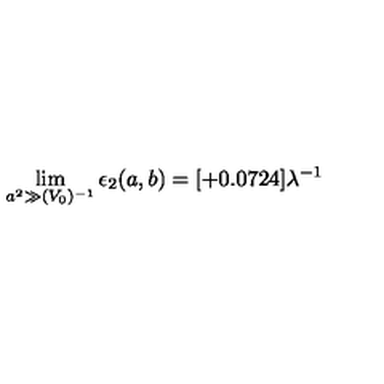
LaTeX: \lim _ { a ^ { 2 } \gg ( V _ { 0 } ) ^ { - 1 } } \epsilon _ { 2 } ( a , b ) = [ + 0 . 0 7 2 4 ] \lambda ^ { - 1 }